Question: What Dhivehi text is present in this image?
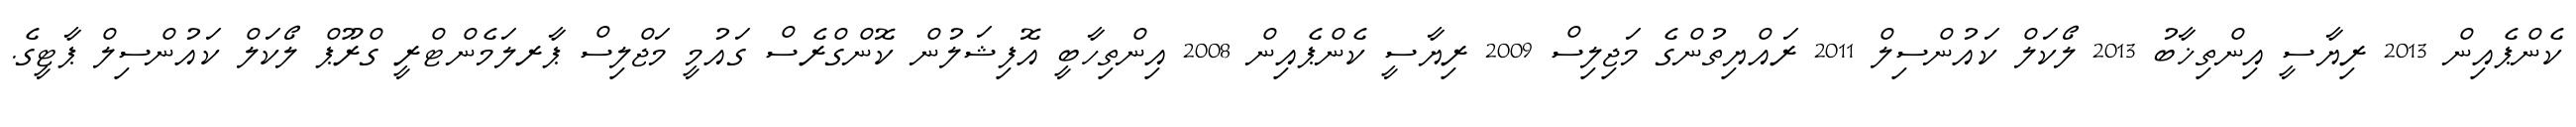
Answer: ކެންޕެއިން 2013 ރިޔާސީ އިންތިޚާބު 2013 ލޯކަލް ކައުންސިލް 2011 ރައްޔިތުންގެ މަޖިލިސް 2009 ރިޔާސީ ކެންޕެއިން 2008 އިންތިހާބީ އޮފިޝަލުން ކޮންގްރެސް ގައުމީ މަޖްލިސް ޕާރލަމެންޓްރީ ގްރޫޕް ލޯކަލް ކައުންސިލް ޕާޓީގެ.